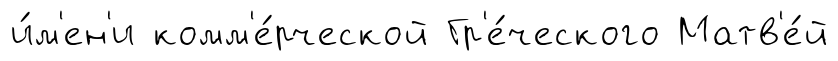
и́м'ен'и комм'е́рческой Гр'е́ческого Матв'е́й